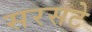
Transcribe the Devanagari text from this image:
सरसटे